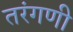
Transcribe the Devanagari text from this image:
तरंगणी